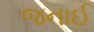
જનાઈ